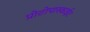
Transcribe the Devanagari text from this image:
प्रोटोपास्काईट